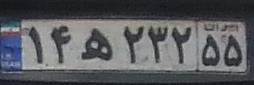
۱۴ه۲۳۲۵۵